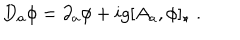
D _ { a } \phi = \partial _ { a } \phi + i g [ A _ { a } , \phi ] _ { \star } \; .